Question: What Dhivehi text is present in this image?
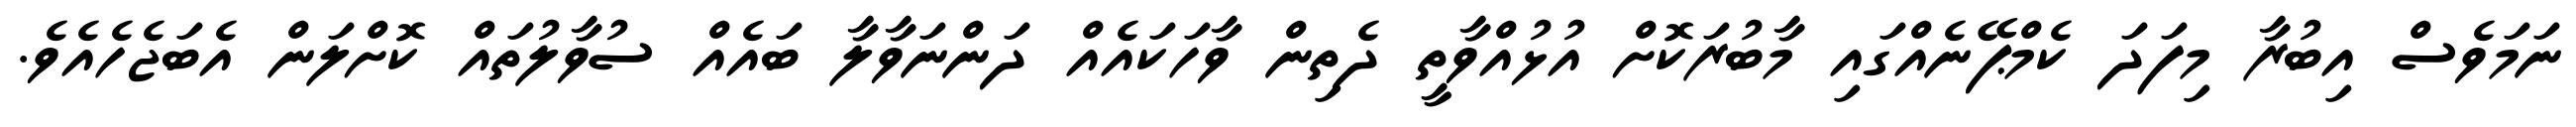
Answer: ނަމަވެސް އިބުރާ މިފަދަ ކެމްޕޭނެއްގައި މާބުރަކޮށް އުޅުއްވާތީ ދެތިން ވާހަކައެއް ދަންނަވާލާ ބައެއް ސުވާލުތައް ކޮށްލަން އެބަޖެހެއެވެ.